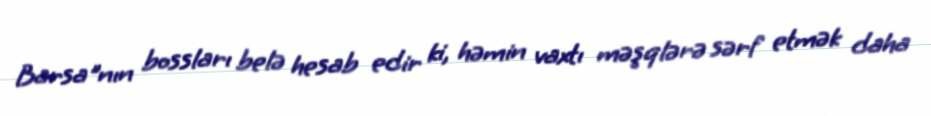
Barsa"nın bossları belə hesab edir ki, həmin vaxtı məşqlərə sərf etmək daha